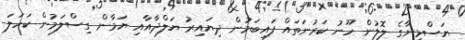
ޔަސްމީނާގެ ލޮލުން ހޫނު ކަރުނަތައް ފައިބަމުން ދިޔައިރު ޔަލްދާއާއި ޔަމާން ގިސްލަމުން ކަހަލަ